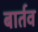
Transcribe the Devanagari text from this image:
बार्तव